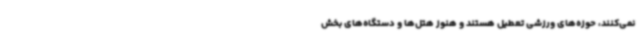
نمی‌کنند، حوزه‌های ورزشی تعطیل هستند و هنوز هتل‌ها و دستگاه‌های بخش